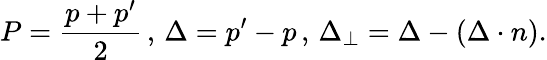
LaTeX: P=\frac{p+p^{\prime}}{2}\, ,\, \Delta=p^{\prime}-p\, ,\, \Delta_{\perp}=\Delta-(\Delta\cdot n).